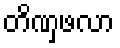
တိဏှဖလာ